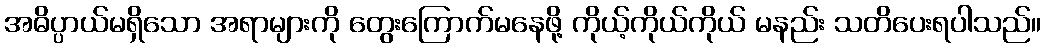
အဓိပ္ပာယ်မရှိသော အရာများကို တွေးကြောက်မနေဖို့ ကိုယ့်ကိုယ်ကိုယ် မနည်း သတိပေးရပါသည်။